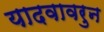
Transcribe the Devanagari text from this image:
यादवावरुन